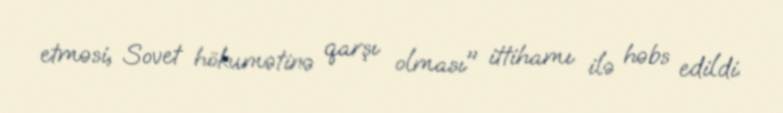
etməsi, Sovet hökumətinə qarşı olması" ittihamı ilə həbs edildi.